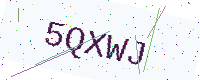
Text: 5QXWJ